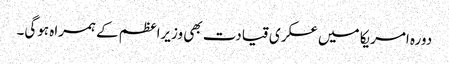
دورہ امریکا میں عسکری قیادت بھی وزیراعظم کے ہمراہ ہوگی۔